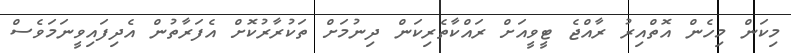
މިކަން މިހެން އޮތްއިރު ރާއްޖެ ޓީވީއަށް ރައްކާތެރިކަން ދިނުމަށް ތަކުރާރުކޮށް އެފަރާތުން އެދިފައިވީނަމަވެސް